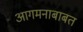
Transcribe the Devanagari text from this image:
आगमनाबाबत